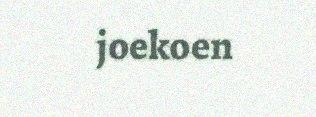
joekoen